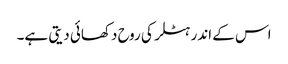
اس کے اندر ہٹلر کی روح دکھائی دیتی ہے۔